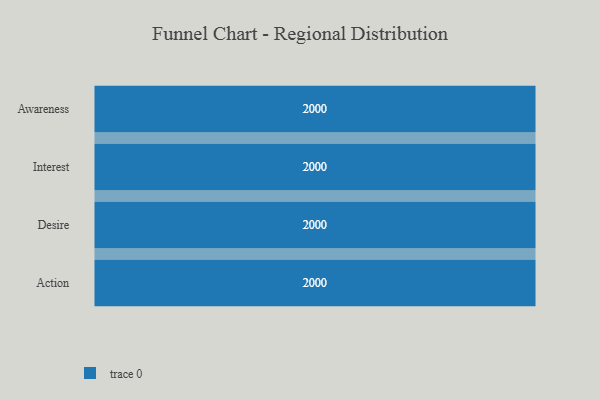
{"axis": {"x": "Stage", "y": "Value"}, "legend": [""], "data": [{"x": "Awareness", "y": 2000, "type": ""}, {"x": "Interest", "y": 2000, "type": ""}, {"x": "Desire", "y": 2000, "type": ""}, {"x": "Action", "y": 2000, "type": ""}]}